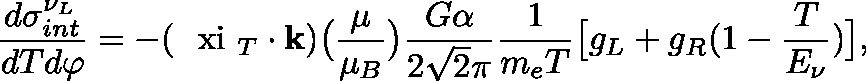
\frac { d \sigma _ { i n t } ^ { \nu _ { L } } } { d T d \varphi } = - ( \mathrm { \boldmath ~ \ x i ~ } _ { T } \cdot { \bf k } ) \big ( \frac { \mu } { \mu _ { B } } \big ) \frac { G \alpha } { 2 \sqrt { 2 } \pi } \frac { 1 } { m _ { e } T } \big [ g _ { L } + g _ { R } ( 1 - \frac { T } { E _ { \nu } } ) \big ] ,